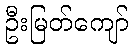
ဦးမြတ်ကျော်